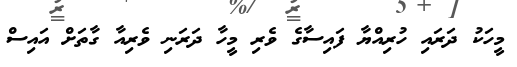
މީހަކު ދަރައި ހުރިއްޔާ ފައިސާގެ ވެރި މީހާ ދަރަނި ވެރިއާ ގާތަށް އައިސް